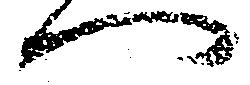
へ